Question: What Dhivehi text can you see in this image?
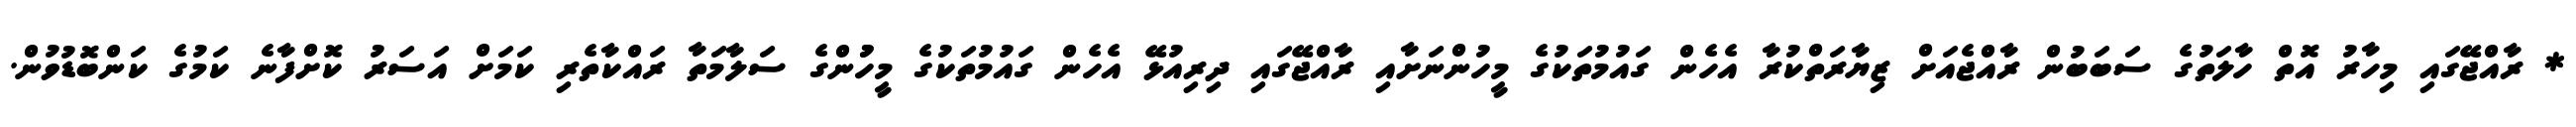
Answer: * ރާއްޖޭގައި މިހާރު އޮތް ހާލަތުގެ ސަބަބުން ރާއްޖެއަށް ޒިޔާރަތްކުރާ އެހެން ގައުމުތަކުގެ މީހުންނަށާއި ރާއްޖޭގައި ދިރިއުޅޭ އެހެން ގައުމުތަކުގެ މީހުުންގެ ސަލާމަތާ ރައްކާތެރި ކަމަށް އަސަރު ކޮށްފާނެ ކަމުގެ ކަންބޮޑުވުން.